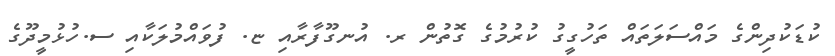
ކުޑަކުދިންގެ މައްސަލަތައް ތަހުގީގު ކުރުމުގެ ގޮތުން ރ. އުނގޫފާރާއި ޏ. ފުވައްމުލަކާއި ސ.ހުޅުމީދޫގެ